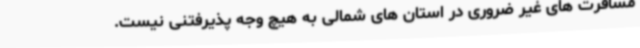
مسافرت های غیر ضروری در استان های شمالی به هیچ وجه پذیرفتنی نیست.